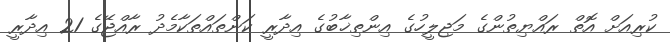
ކުރިއަށް އޮތް ރައްޔިތުންގެ މަޖިލީހުގެ އިންތިޚާބުގެ އިދާރީ ކަންތައްތަކާމެދު ރާއްޖޭގެ 21 އިދާރީ